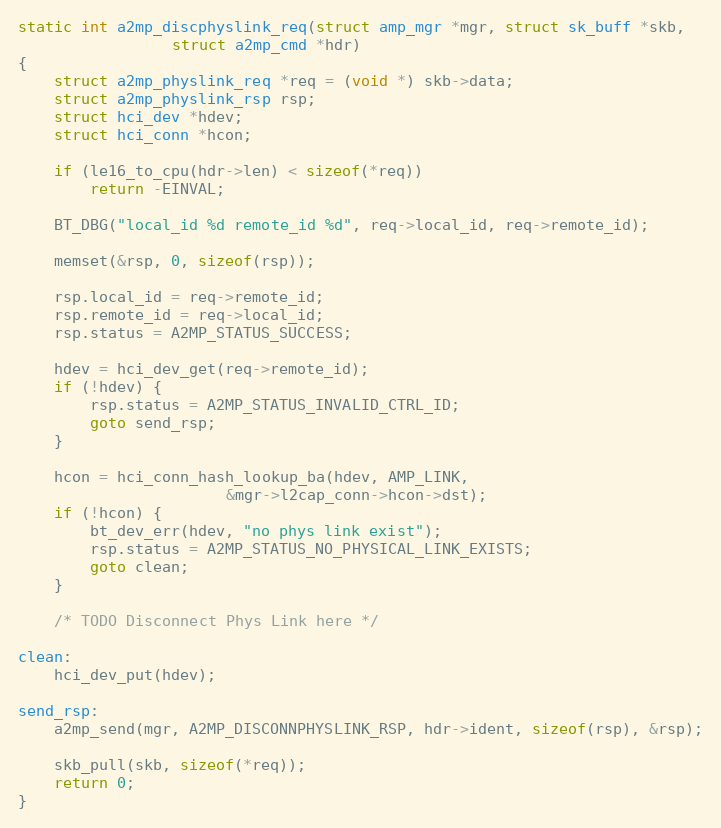
Language: C
static int a2mp_discphyslink_req(struct amp_mgr *mgr, struct sk_buff *skb,
				 struct a2mp_cmd *hdr)
{
	struct a2mp_physlink_req *req = (void *) skb->data;
	struct a2mp_physlink_rsp rsp;
	struct hci_dev *hdev;
	struct hci_conn *hcon;

	if (le16_to_cpu(hdr->len) < sizeof(*req))
		return -EINVAL;

	BT_DBG("local_id %d remote_id %d", req->local_id, req->remote_id);

	memset(&rsp, 0, sizeof(rsp));

	rsp.local_id = req->remote_id;
	rsp.remote_id = req->local_id;
	rsp.status = A2MP_STATUS_SUCCESS;

	hdev = hci_dev_get(req->remote_id);
	if (!hdev) {
		rsp.status = A2MP_STATUS_INVALID_CTRL_ID;
		goto send_rsp;
	}

	hcon = hci_conn_hash_lookup_ba(hdev, AMP_LINK,
				       &mgr->l2cap_conn->hcon->dst);
	if (!hcon) {
		bt_dev_err(hdev, "no phys link exist");
		rsp.status = A2MP_STATUS_NO_PHYSICAL_LINK_EXISTS;
		goto clean;
	}

	/* TODO Disconnect Phys Link here */

clean:
	hci_dev_put(hdev);

send_rsp:
	a2mp_send(mgr, A2MP_DISCONNPHYSLINK_RSP, hdr->ident, sizeof(rsp), &rsp);

	skb_pull(skb, sizeof(*req));
	return 0;
}